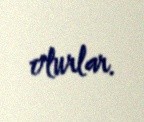
olurlar.